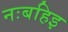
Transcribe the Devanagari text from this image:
नःबहिइ